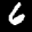
Label: 6